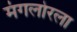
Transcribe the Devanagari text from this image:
मंगलोरला